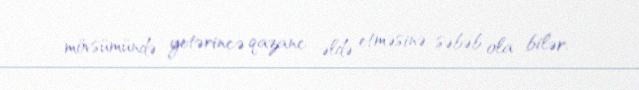
mövsümündə yetərincə qazanc əldə etməsinə səbəb ola bilər.